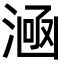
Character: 㴠